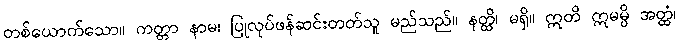
တစ်ယောက်သော။ ကတ္တာ နာမ၊ ပြုလုပ်ဖန်ဆင်းတတ်သူ မည်သည်။ နတ္ထိ၊ မရှိ။ ဣတိ ဣမမ္ပိ အတ္ထံ၊